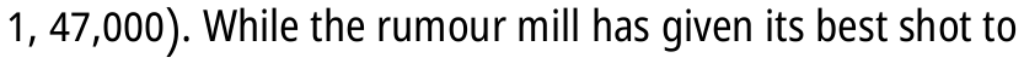
1, 47,000). While the rumour mill has given its best shot to